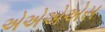
એએએએસ